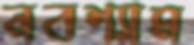
নবশ্যাম